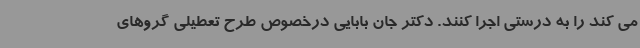
می کند را به درستی اجرا کنند. دکتر جان بابایی درخصوص طرح تعطیلی گروهای